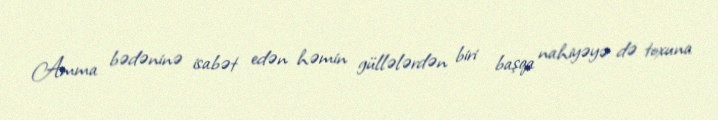
Amma bədəninə isabət edən həmin güllələrdən biri başqa nahiyəyə də toxuna